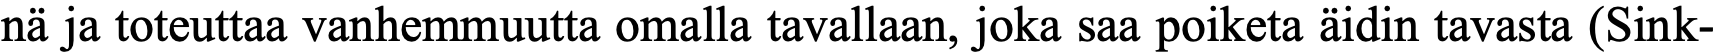
nä ja toteuttaa vanhemmuutta omalla tavallaan, joka saa poiketa äidin tavasta (Sink-